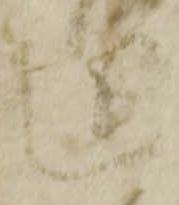
近